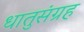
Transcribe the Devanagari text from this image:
धातुसंग्रह